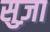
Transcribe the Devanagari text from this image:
सुज़ा